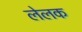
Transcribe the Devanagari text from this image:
लेलक